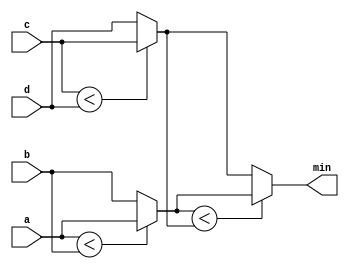
module top_module (
    input [7:0] a, b, c, d,
    output [7:0] min
);//

    wire [7:0] intermediate_result1;
    wire [7:0] intermediate_result2;

    // assign intermediate_result1 = compare? true: false;
    assign intermediate_result1 = a<b ? a:b;
    assign intermediate_result2 = c<d ? c:d;
    assign min = intermediate_result1<intermediate_result2 ? intermediate_result1:intermediate_result2;

endmodule